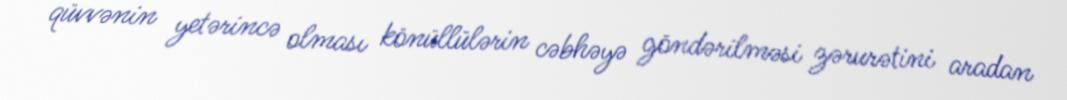
qüvvənin yetərincə olması könüllülərin cəbhəyə göndərilməsi zərurətini aradan